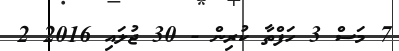
7 މަސް 3 ހަފްތާ ކުރިން - 30 ޖުލައި 2016 2